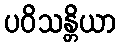
ပဝိသန္တိယာ